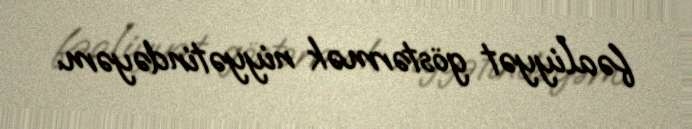
fəaliyyət göstərmək niyyətindəyəm.